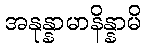
အနုန္နာမာနိန္နာမိ